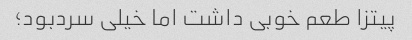
پیتزا طعم خوبی داشت اما خیلی سردبود؛